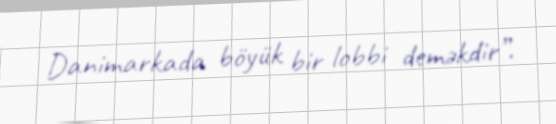
Danimarkada böyük bir lobbi deməkdir”.